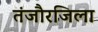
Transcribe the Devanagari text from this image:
तंजौरजिला